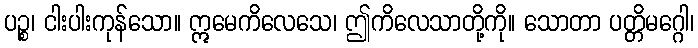
ပဉ္စ၊ ငါးပါးကုန်သော။ ဣမေကိလေသေ၊ ဤကိလေသာတို့ကို။ သောတာ ပတ္တိမဂ္ဂေါ၊